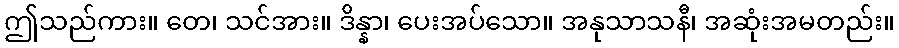
ဤသည်ကား။ တေ၊ သင်အား။ ဒိန္နာ၊ ပေးအပ်သော။ အနုသာသနီ၊ အဆုံးအမတည်း။